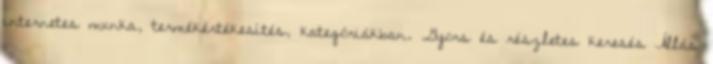
internetes munka, termékértékesítés, kategóriákban. Gyors és részletes keresés Állás